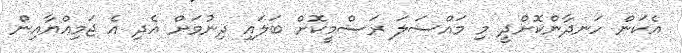
އެކަން ހަނދާންކޮށްދީ މި މައްސަލަ ރަސްމީކޮށް ބަލައި ދިނުމަށް އެދި އެ ޖަމިއްޔާއިން